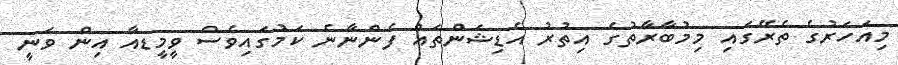
މިއަހަރުގެ ތެރޭގައި މިމުބާރާތުގެ އިތުރު އެޑިޝަންތައް ފެންނާނެ ކަމުގައިވެސް ވީމީޑއާ އިން ވަނީ